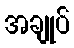
အချုပ်